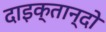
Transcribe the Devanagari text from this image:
दाइक्तान्दो